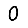
Digit: 0